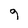
Character: 9